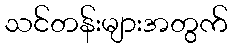
သင်တန်းများအတွက်